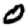
Digit: 0